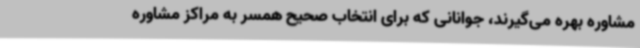
مشاوره بهره می‌گیرند، جوانانی که برای انتخاب صحیح همسر به مراکز مشاوره